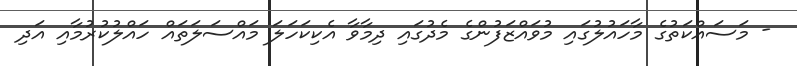
- މަސައްކަތުގެ މާހައުލުގައި މުވައްޒަފުންގެ މެދުގައި ދިމާވާ އެކިކަހަލަ މައްސަލަތައް ހައްލުކުރުމާއި އަދި